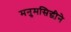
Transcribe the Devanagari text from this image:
मनुमसिद्धीने